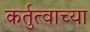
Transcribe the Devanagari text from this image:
कर्तुत्वाच्या